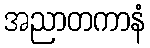
အညာတကာနံ